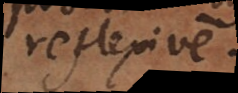
reflexive.